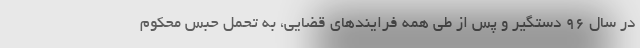
در سال 96 دستگیر و پس از طی همه فرایندهای قضایی، به تحمل حبس محکوم